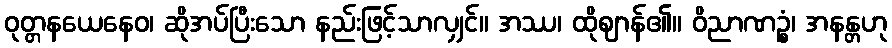
ဝုတ္တနယေနေဝ၊ ဆိုအပ်ပြီးသော နည်းဖြင့်သာလျှင်။ အဿ၊ ထိုဈာန်၏။ ဝိညာဏဉ္စံ၊ အနန္တဟု